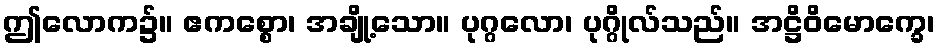
ဤလောက၌။ ဧကစ္စော၊ အချို့သော။ ပုဂ္ဂလော၊ ပုဂ္ဂိုလ်သည်။ အဋ္ဌိဝိမောက္ခေ၊